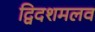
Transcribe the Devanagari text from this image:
द्विदशमलव